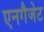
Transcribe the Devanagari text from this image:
एनगैजेट